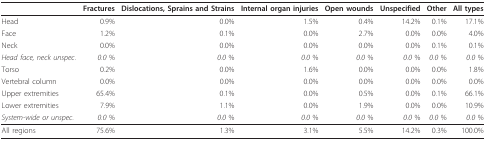
<table><thead><tr><td></td><td><b>Fractures</b></td><td><b>Dislocations, Sprains and Strains</b></td><td><b>Internal organ injuries</b></td><td><b>Open wounds</b></td><td><b>Unspecified</b></td><td><b>Other</b></td><td><b>All types</b></td></tr></thead><tbody><tr><td>Head</td><td>0.9%</td><td>0.0%</td><td>1.5%</td><td>0.4%</td><td>14.2%</td><td>0.1%</td><td>17.1%</td></tr><tr><td>Face</td><td>1.2%</td><td>0.1%</td><td>0.0%</td><td>2.7%</td><td>0.0%</td><td>0.0%</td><td>4.0%</td></tr><tr><td>Neck</td><td>0.0%</td><td>0.0%</td><td>0.0%</td><td>0.0%</td><td>0.0%</td><td>0.1%</td><td>0.1%</td></tr><tr><td><i>Head face, neck unspec</i>.</td><td><i>0.0 </i>%</td><td><i>0.0 </i>%</td><td><i>0.0 </i>%</td><td><i>0.0 </i>%</td><td><i>0.0 </i>%</td><td><i>0.0 </i>%</td><td><i>0.0 </i>%</td></tr><tr><td>Torso</td><td>0.2%</td><td>0.0%</td><td>1.6%</td><td>0.0%</td><td>0.0%</td><td>0.0%</td><td>1.8%</td></tr><tr><td>Vertebral column</td><td>0.0%</td><td>0.0%</td><td>0.0%</td><td>0.0%</td><td>0.0%</td><td>0.0%</td><td>0.0%</td></tr><tr><td>Upper extremities</td><td>65.4%</td><td>0.1%</td><td>0.0%</td><td>0.5%</td><td>0.0%</td><td>0.1%</td><td>66.1%</td></tr><tr><td>Lower extremities</td><td>7.9%</td><td>1.1%</td><td>0.0%</td><td>1.9%</td><td>0.0%</td><td>0.0%</td><td>10.9%</td></tr><tr><td><i>System-wide or unspec</i>.</td><td><i>0.0 </i>%</td><td><i>0.0 </i>%</td><td><i>0.0 </i>%</td><td><i>0.0 </i>%</td><td><i>0.0 </i>%</td><td><i>0.0 </i>%</td><td><i>0.0 </i>%</td></tr><tr><td>All regions</td><td>75.6%</td><td>1.3%</td><td>3.1%</td><td>5.5%</td><td>14.2%</td><td>0.3%</td><td>100.0%</td></tr></tbody></table>